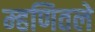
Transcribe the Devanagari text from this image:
म्हणितले